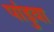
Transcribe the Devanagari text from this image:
पांडुवा